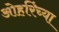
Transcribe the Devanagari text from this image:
ओहरिंच्या